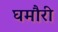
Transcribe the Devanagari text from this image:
घमौरी